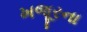
ખજૂરના